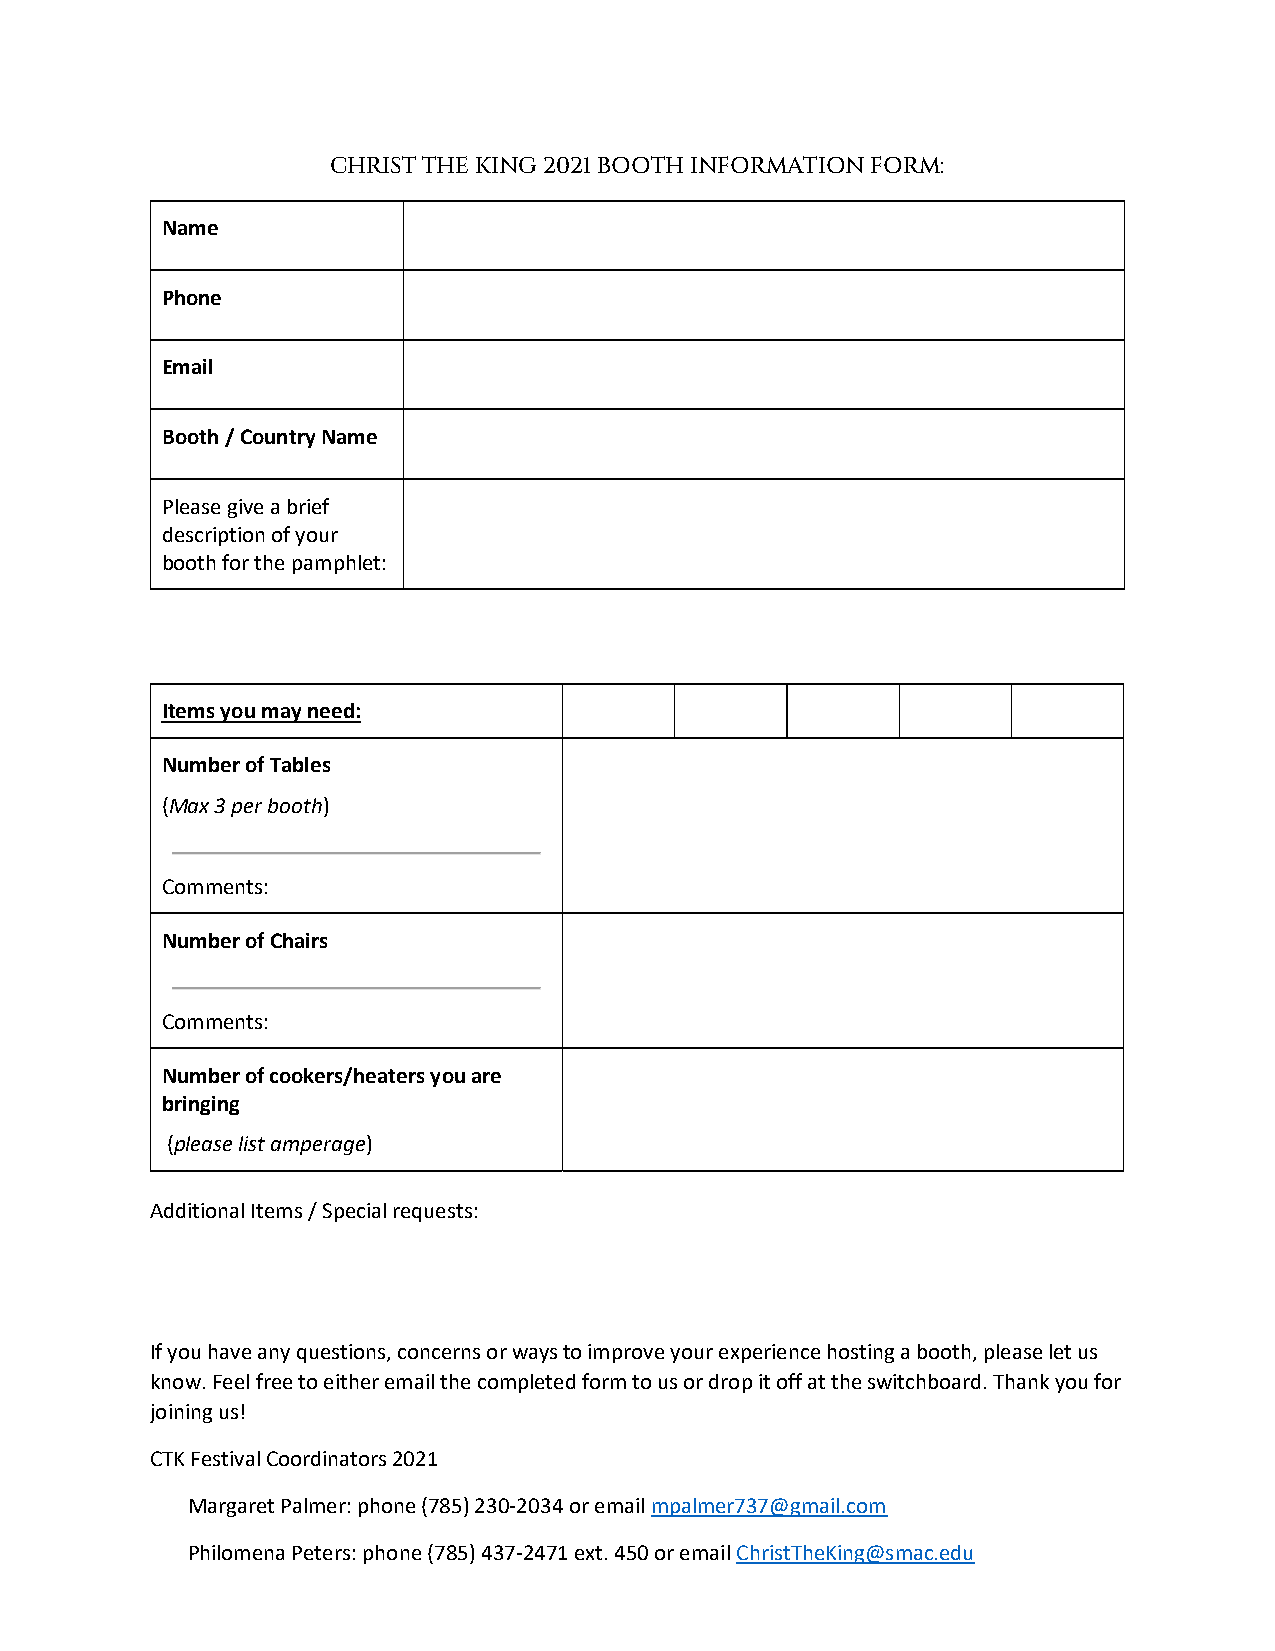
CHRIST THE KING 2021 BOOTH INFORMATION FORM:
 Name
 Phone
 Email
 Booth / Country Name
 Please give a brief
 description of your
 booth for the pamphlet:
 Items you may need:
 Number of Tables
 (Max 3 per booth)
 Comments:
 Number of Chairs
 Comments:
 Number of cookers/heaters you are
 bringing
 (please list amperage)
 Additional Items / Special requests:
 If you have any questions, concerns or ways to improve your experience hosting a booth, please let us
 know. Feel free to either email the completed form to us or drop it off at the switchboard. Thank you for
 joining us!
 CTK Festival Coordinators 2021
 Margaret Palmer: phone (785) 230-2034 or email mpalmer737@gmail.com
 Philomena Peters: phone (785) 437-2471 ext. 450 or email ChristTheKing@smac.edu